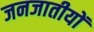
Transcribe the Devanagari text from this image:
जनजातीयों